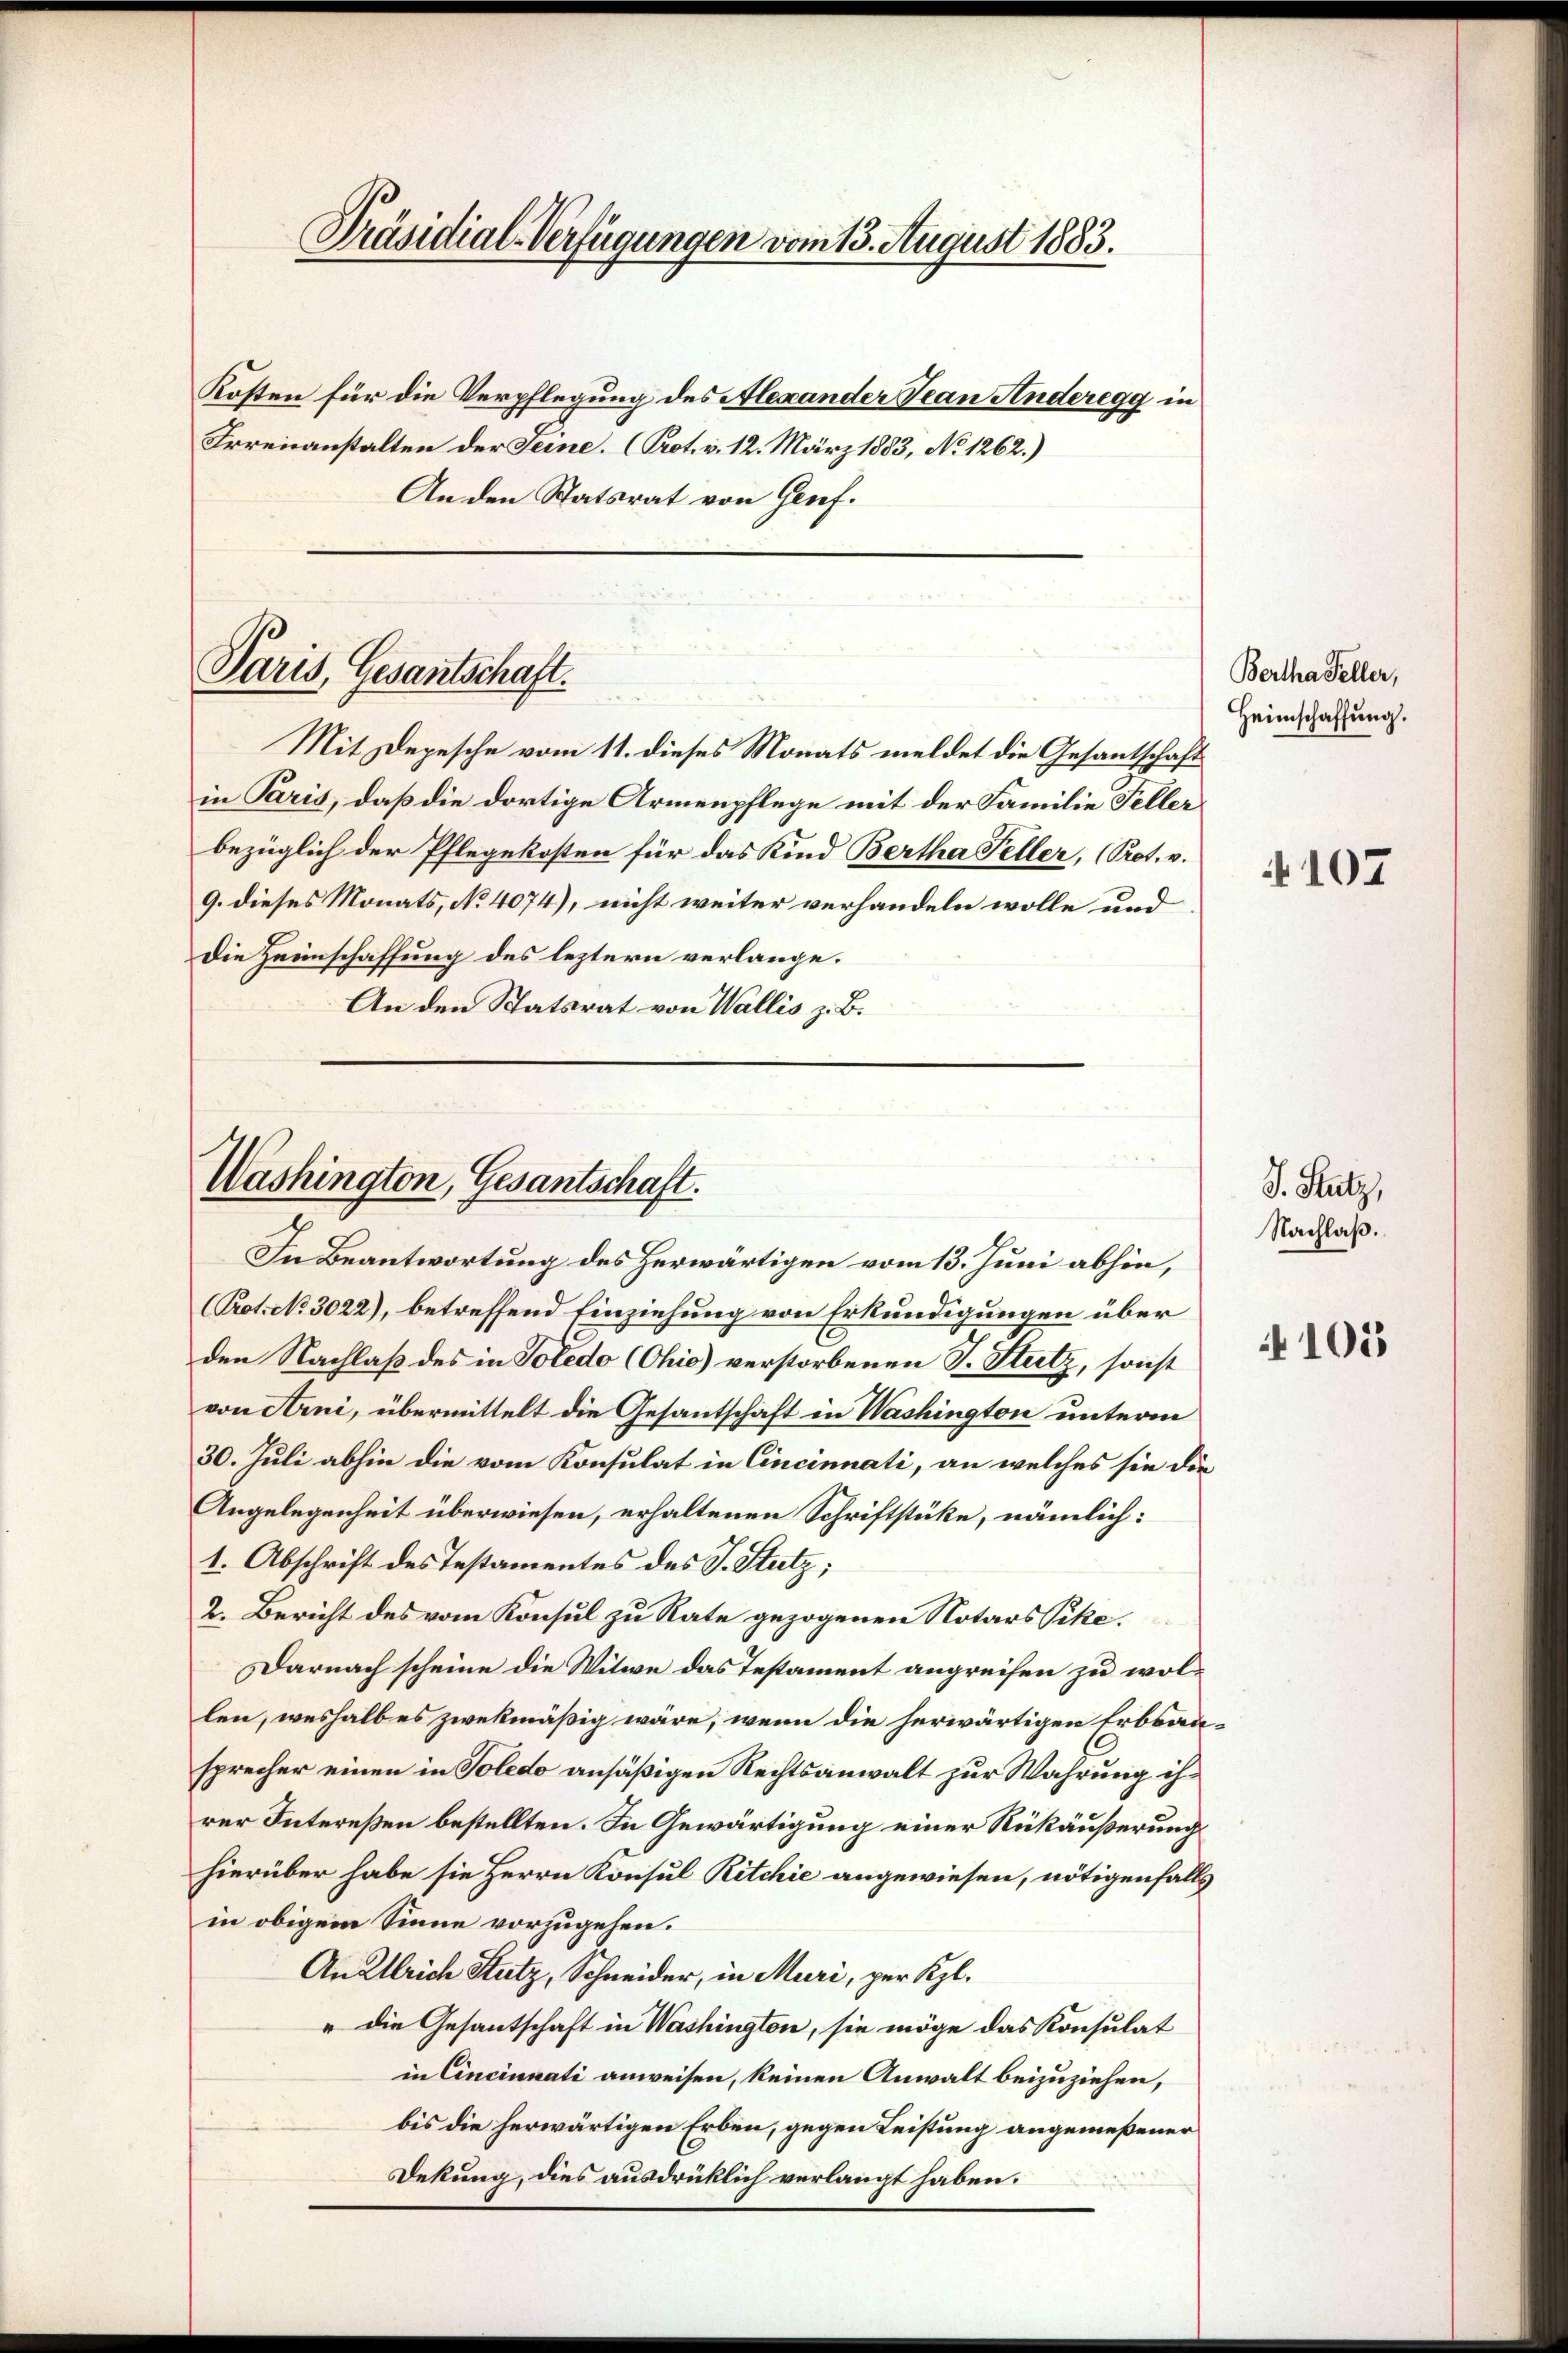
Präsidial-Verfügungen vom 13. August 1883.
Kosten für die Verpflegung des Alexander Tean Anderegg in
Irrenanstalten der Seine. (Prot. v. 12. März 1883, No 1262.)
An den Statsrat von Genf.

Paris, Gesantschaft.

Washington, Gesantschaft.

Mit Depesche vom 11. dieses Monats meldet die Gesantschaft
in Paris, daß die dortige Armenpflege mit der Familie Feller
bezüglich der Pflegekosten für das Kind Bertha Feller, (Prot. v.
9. dieses Monats, No 4074), nicht weiter verhandeln wolle und
Die Zeinschaffung des leztern verlange.
An den Statsrat von Wallis z. B.

Bertha Feller,
Heimschaffung.
107

In Beantwortung des Herwärtigen vom 13. Juni abhin,
Prot. No. 3022), betreffend Einziehung von Erkundigungen über
den Nachlaß des in Soledo (Chio) verstorbenen J. Stutz, sonst
von Arni, übermittelt die Gesantschaft in Washington unterm
30. Juli abhin die vom Konsulat in Cincinnati, an welches sie die
Angelegenheit überwiesen, erhaltenen Schriftstüke, nämlich:
1. Abschrift des Testamentes des J. Stutz;
2. Bericht des vom Konsul zu Rate gezogenen Notars Pike.
Darnach scheine die Witwe das Testament angreifen zu wollen, weshalb es zwekmäßig wäre, wenn die herwärtigen Erbsau-
sprecher einen in Toledo ansäßigen Rechtsanwalt zur Wahrung ihrer Intereßen bestellten. In Gewärtigung einer Rückäußerungs
hierüber habe sie Herrn Konsul Ritchie angewiesen, nötigenfalls
in obigem Sinne vorzugehen.
An Ulrich Stutz, Schneider, in Muri, per Kgl.
" die Gesantschaft in Washington, sie möge das Konsulat
in Cincinati anweisen, keinen Anwalt beizuziehen,
bis die herwärtigen Erben, gegen Leistung angemeßener
Dekung, dies ausdrücklich verlangt haben.

J. Hutz,
Nachlaß.

105